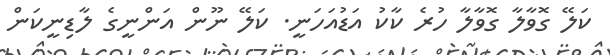
ކަލޭ ގޮވާލާ ގޮވާލާ ހުރެ ކާކު އަޑުއަހަނީ. ކަލޭ ނޫން އަންނީގެ ލާޑިނީކަން